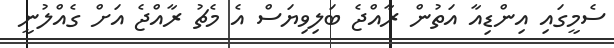
ސެމީގައި އިންޑިއާ އަތުން ރާއްޖެ ބަލިވިޔަސް އެ މެޗު ރާއްޖެ އަށް ގެއްލުނީ